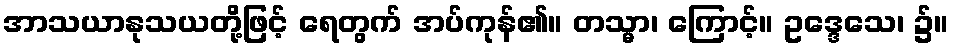
အာသယာနုသယတို့ဖြင့် ရေတွက် အပ်ကုန်၏။ တသ္မာ၊ ကြောင့်။ ဥဒ္ဒေသေ၊ ၌။